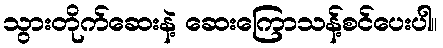
သွားတိုက်ဆေးနဲ့ ဆေးကြောသန့်စင်ပေးပါ။